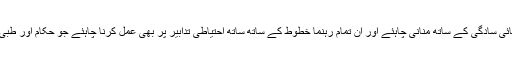
انہوں نے کہا کہ موجودہ حالات کے پیش نظر ہمیں یہ عید انتہائی سادگی کے ساتھ منانی چاہئے اور اُن تمام رہنما خطوط کے ساتھ ساتھ احتیاطی تدابیر پر بھی عمل کرنا چاہئے جو حکام اور طبی شعبہ سے وابستہ ماہرین کی طرف سے جاری کئے گئے ہیں۔